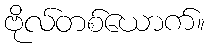
ဗိုလ်တစ်ယောက်။